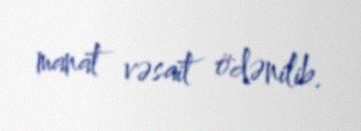
manat vəsait ödənilib.